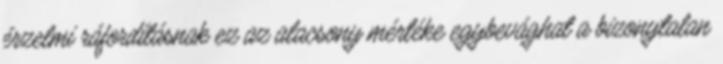
érzelmi ráfordításnak ez az alacsony mértéke egybevághat a bizonytalan